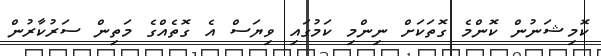
ކޮމިޝަނުން ކޮންމެ ގޮތަކަށް ނިންމި ކަމުގައި ވިޔަސް އެ ގޮތެއްގެ މަތިން ސަރުކާރުން